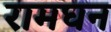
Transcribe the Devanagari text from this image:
रामघन